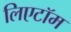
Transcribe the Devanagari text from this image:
लिएटॉम